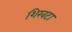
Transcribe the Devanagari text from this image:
शिरवटा